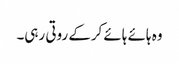
وہ ہائے ہائے کرکے روتی رہی۔